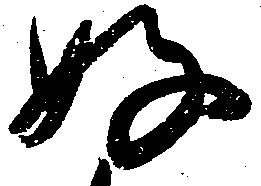
好